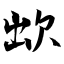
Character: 欪